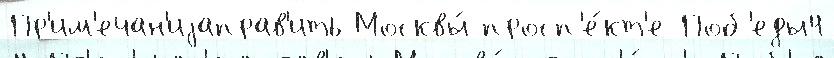
Пр'им'ечан'иjаправ'ить Москвы́ просп'е́кт'е Поб'еды4